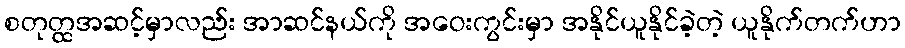
စတုတ္ထအဆင့်မှာလည်း အာဆင်နယ်ကို အဝေးကွင်းမှာ အနိုင်ယူနိုင်ခဲ့တဲ့ ယူနိုက်တက်ဟာ